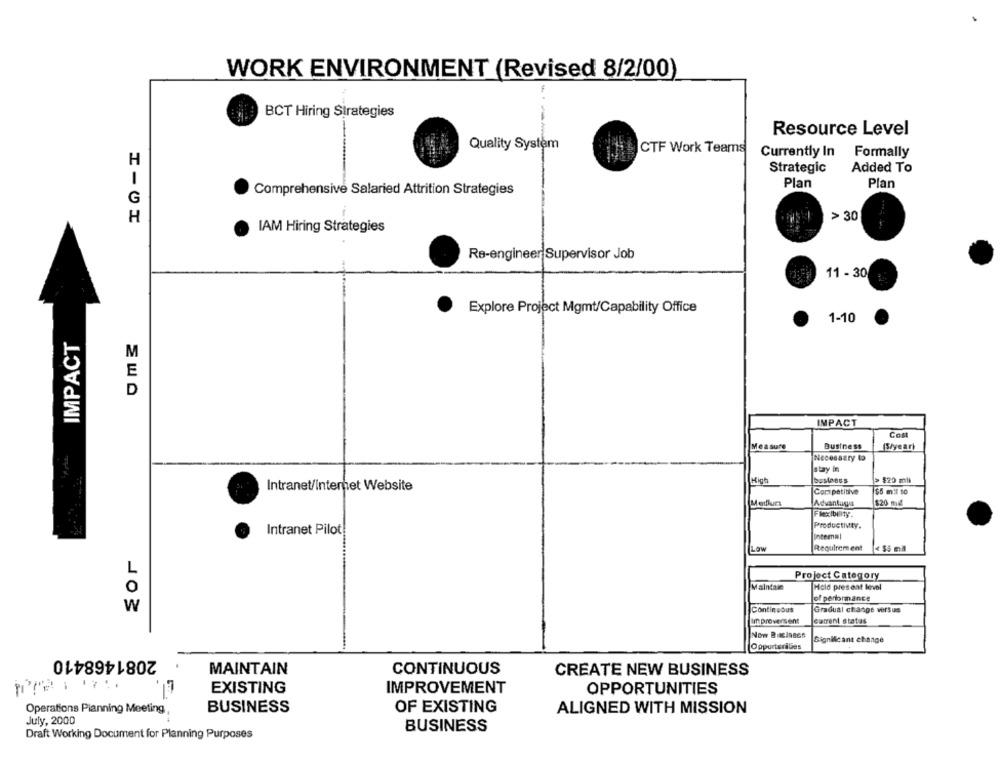
WORK ENVIRONMENT (Revised 8/2/00)
BCT Hiring Strategies
Resource Level
Quality System
CTF Work Teams
Currently In
Formally
H
Added To
Strategic
1
Plan
Comprehensive Salaried Attrition Strategies
Plan
G
H
> 30
IAM Hiring Strategies
Re-engineer Supervisor Job
11 - 30
Explore Project Mgmt/Capability Office
1-10
IMPACT
M
E
D
IMPACT
Cost
Measure
Business
(S/year)
Necessary to
stay in
High
bustaess
> $20 mil
Intranet/Internet Website
Competitive
$5 mil to
Medurs
Advantage
$20 mlg
Flexibility.
Productivity.
Intranet Pilot!
Internal
Low
Requirement
« $5 mal
L
Project Category
Maintain
Hold present level
O
of performance
W
Continuous
Gradual change versus
Im proversent
current status
Now Biscingen
Significant change
Oppurterilies
2081468410
CONTINUOUS
MAINTAIN
CREATE NEW BUSINESS
EXISTING
IMPROVEMENT
OPPORTUNITIES
Operations Planning Meeting,
BUSINESS
OF EXISTING
ALIGNED WITH MISSION
July, 2000
BUSINESS
Draft Working Document for Planning Purposes